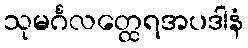
သုမင်္ဂလတ္ထေရအပဒါနံ